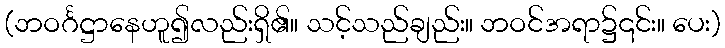
(ဘဝင်္ဂဋ္ဌာနေဟူ၍လည်းရှိ၏။ သင့်သည်ချည်း။ ဘဝင်အရာ၌၎င်း။ ပေး)